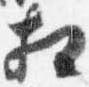
相